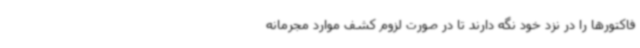
فاکتورها را در نزد خود نگه دارند تا در صورت لزوم کشف موارد مجرمانه